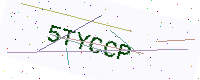
Text: 5TYCCP